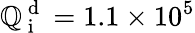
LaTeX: \mathbb{Q}_{\mathrm{{~i~}}}^{\mathrm{{~d~}}}=1.1\times10^{5}